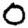
Digit: 0